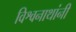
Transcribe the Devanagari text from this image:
विश्वनाथांनी